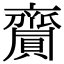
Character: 齎